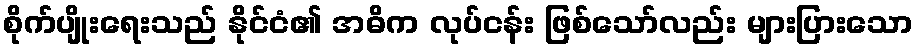
စိုက်ပျိုးရေးသည် နိုင်ငံ၏ အဓိက လုပ်ငန်း ဖြစ်သော်လည်း များပြားသော